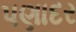
પણાદર